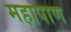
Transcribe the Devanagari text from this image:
महापाण